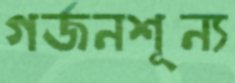
গর্জনশূন্য